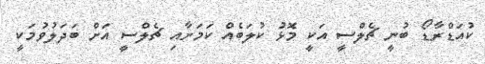
ކުއަޑްރާޑޯ ބުނީ ޗެލްސީ އަކީ މޮޅު ކުލަބެއް ކަމަށާއި ޗެލްސީ އަށް ބަދަލުވުމަކީ